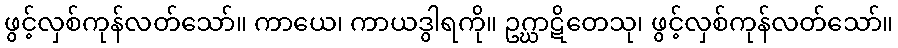
ဖွင့်လှစ်ကုန်လတ်သော်။ ကာယေ၊ ကာယဒွါရကို။ ဥဂ္ဃာဋိတေသု၊ ဖွင့်လှစ်ကုန်လတ်သော်။